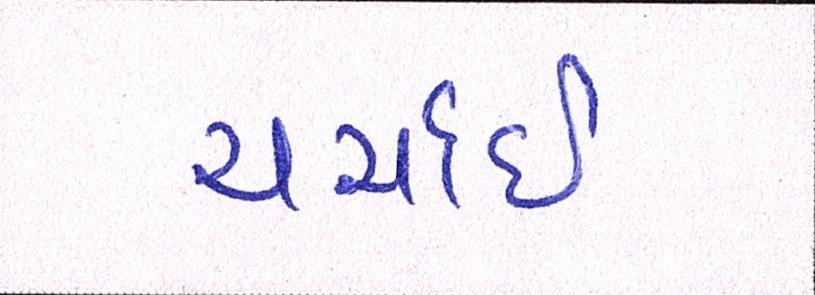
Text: ચર્ચાઈ